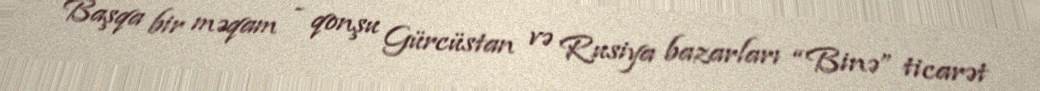
Başqa bir məqam - qonşu Gürcüstan və Rusiya bazarları “Binə” ticarət